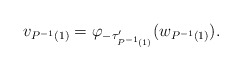
\begin{align*}v_{P^{-1}(1)}=\varphi_{-\tau'_{P^{-1}(1)}}(w_{P^{-1}(1)}).\end{align*}